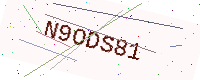
Text: N9ODS81